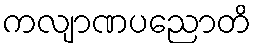
ကလျာဏပညောတိ